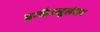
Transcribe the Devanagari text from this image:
इन्कैप्सूलेशन